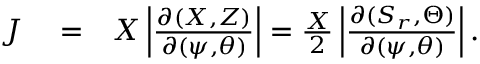
\begin{array} { r l r } { { \cal J } } & { { } = } & { X \left| \frac { \partial ( X , Z ) } { \partial ( \psi , \theta ) } \right| = \frac X 2 \left| \frac { \partial ( S _ { r } , \Theta ) } { \partial ( \psi , \theta ) } \right| . } \end{array}